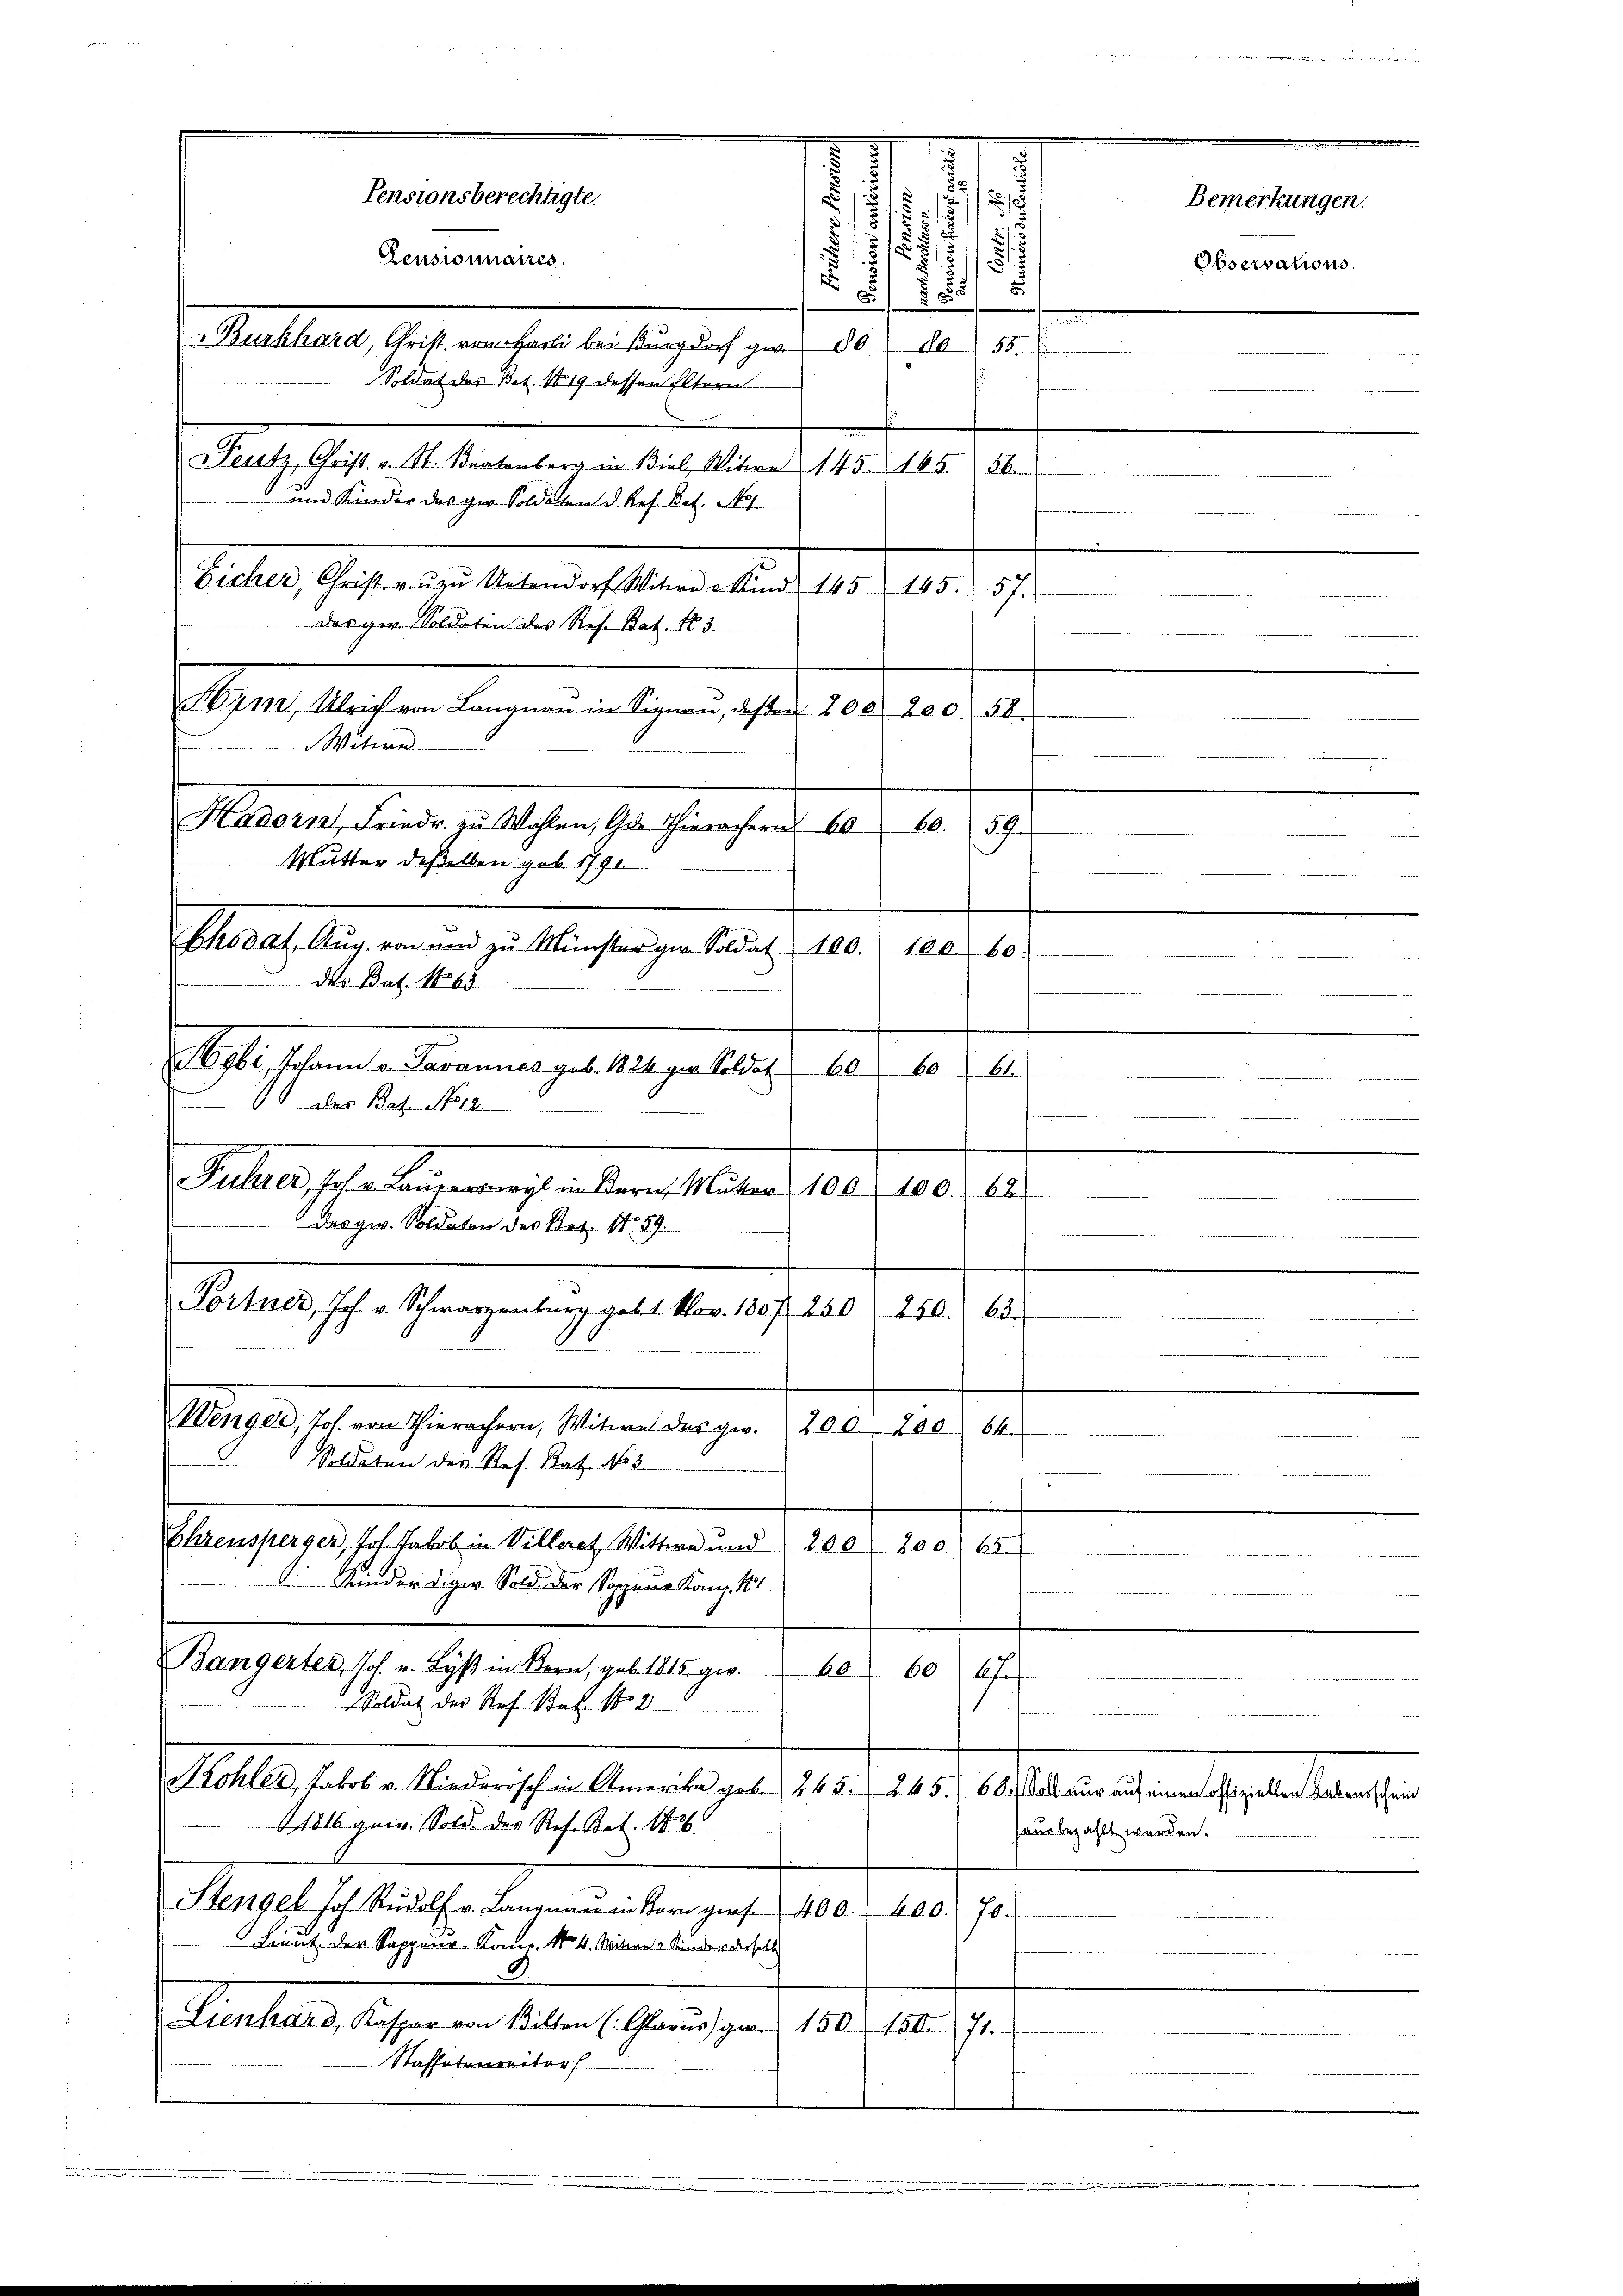
Sym, Ulrich von Langnau in Signau, deßen 200. 200. 58.
Witwe
Hadorn, Friedr zu Wahlen, Gde. Hierachern 60
Mutter deßelben geb. 1791.

Pensionsberechtigte.
Pensionnaires.

Malheure, hat, an habe der begleich zu de de
Soldat des Bet. No. 19 dessen Eltern
Rath Pestalt betreten in des aber 1835. 485. 11.
 und Kinder des geb. Soldaten d. Res. Bat. No.
Eicher, Christ v. ŭzŭ Untendorf Witer Kind 145. 145. 57.
das ger. Soldaten des Res. Bat. No 3.
Chodat Aŭg. von und zu Münster ge. Soldat 100. 100. 60.
des Bat. 1865
2fr. Handen Fernennen gut 124. gelte
1) der Rat. No 12.

Sellarischen keine meisten den Mater 1890, 180. 14.
der gen. Soldaten des Bat. 11. 59.
Stern sche angen eine alten auf 10.
250. 65
Wenger, Joh. von Thierachern, Witwe des geb. 200. 200. 64.
Soldation des Res. Kat. No 3.
Ehrensperger, Joh. Jakob in Villeret Wittwe und 200 f 200. 65.
F
 Kinder diver Sold der Sapeur Kant
Bangerter, Joh. v. Wyβ in Bern, geb. 1815 gr. 60
6067.
Soldat des Res. Bat. No 2
Kohler, Jakob. v. Niederisch in Amerika geb. 245. 245. 60. Soll nur auf einen offiziellen habensschein
1816. gern. Sold. Der Res. Bat. 1826
sausbezahlt werden.
Stengel Joh. Rŭdolf v. Langnaŭ in Korngers 400. 400. 70.
Lieut. der Sappeur- Komp. No. 4. Mitten 2 Kinder derselbe
Lienhard, Kasser von Witten (Glarus, per . . 150 f 150. 71.
Kassateurritor

1
.
.
.
u
d

§ 15
Bemerkungen.
. § 117/
52
7
.
2
Observations.
5
2
e
7
.
.
88
e
0
2.
.
0
a
i